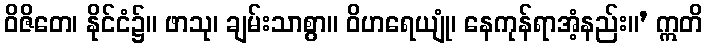
ဝိဇိတေ၊ နိုင်ငံ၌။ ဖာသု၊ ချမ်းသာစွာ။ ဝိဟရေယျုံ၊ နေကုန်ရာအံ့နည်း။’ ဣတိ